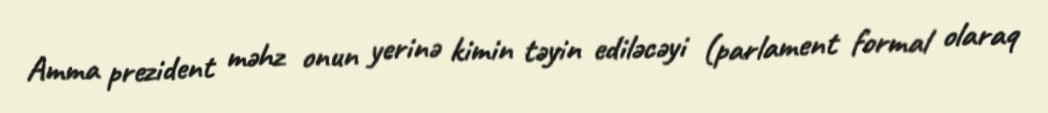
Amma prezident məhz onun yerinə kimin təyin ediləcəyi (parlament formal olaraq